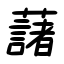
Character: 藷